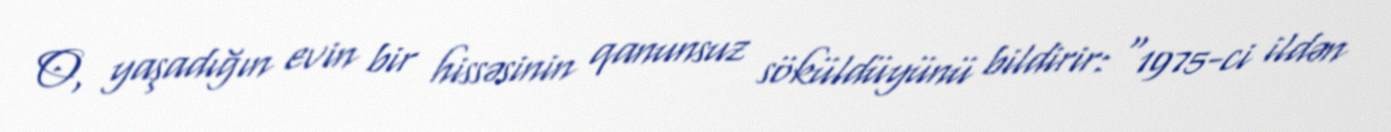
O, yaşadığın evin bir hissəsinin qanunsuz söküldüyünü bildirir: “1975-ci ildən